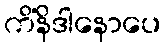
ကိံနိဒါနောပေ